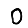
Digit: 0